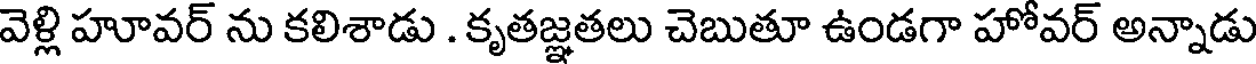
వెళ్లి హూవర్ ను కలిశాడు . కృతజ్ఞతలు చెబుతూ ఉండగా హోవర్ అన్నాడు